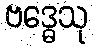
ဗဒ္ဓေသု